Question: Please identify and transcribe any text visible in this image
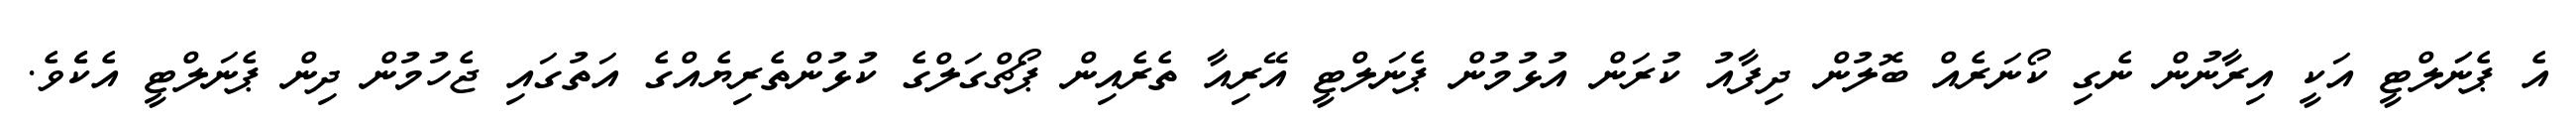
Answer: އެ ޕެނަަލްޓީ އަކީ އިރާނުން ނެގި ކޯނަރެއް ބޮލުން ދިފާއު ކުރަން އުޅުމުން ޕެނަލްޓީ އޭރިއާ ތެރެއިން ޕޯޗްގަލްގެ ކުޅުންތެރިޔެއްގެ އަތުގައި ޖެހުމުން ދިން ޕެނަލްޓީ އެކެެވެ.